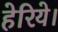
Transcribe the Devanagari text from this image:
हेरिये।